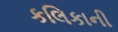
કલિકાની